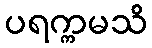
ပရက္ကမသိ